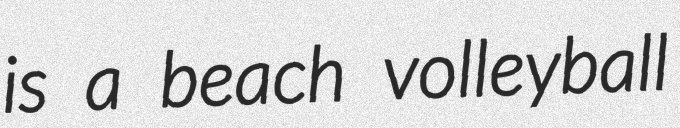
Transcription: is a beach volleyball